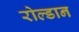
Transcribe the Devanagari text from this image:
रोल्डान